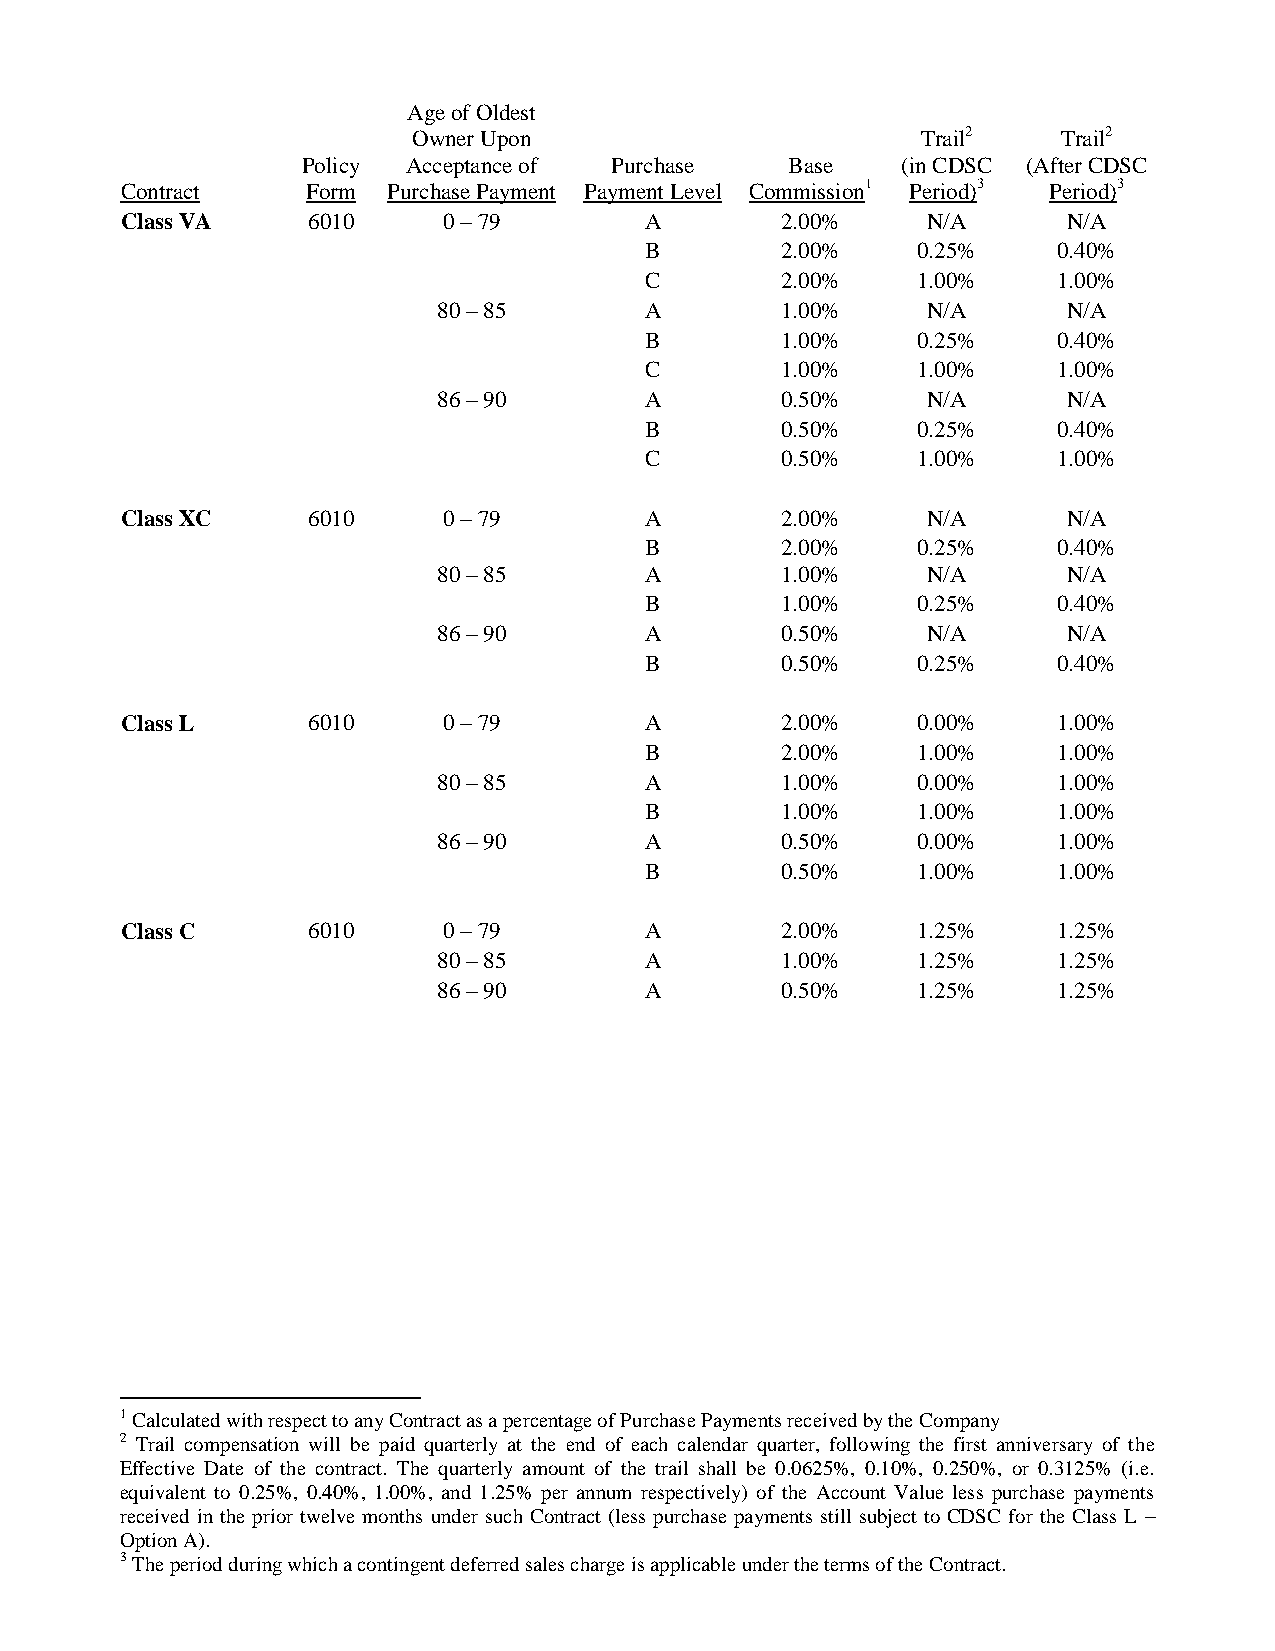
Age of Oldest
 Owner Upon                        Trail2   Trail2
 Policy Acceptance of Purchase   Base    (in CDSC (After CDSC
 Contract    Form  Purchase Payment Payment Level Commiss ion1 Period)3 Period)3
 Class VA    6010     0 – 79        A        2.00%    N/A       N/A
 B        2.00%    0.25%    0.40%
 C        2.00%    1.00%    1.00%
 80 – 85       A        1.00%    N/A       N/A
 B        1.00%    0.25%    0.40%
 C        1.00%    1.00%    1.00%
 86 – 90       A        0.50%    N/A       N/A
 B        0.50%    0.25%    0.40%
 C        0.50%    1.00%    1.00%
 Class XC    6010     0 – 79        A        2.00%    N/A       N/A
 B        2.00%    0.25%    0.40%
 80 – 85       A        1.00%    N/A       N/A
 B        1.00%    0.25%    0.40%
 86 – 90       A        0.50%    N/A       N/A
 B        0.50%    0.25%    0.40%
 Class L     6010     0 – 79        A        2.00%    0.00%    1.00%
 B        2.00%    1.00%    1.00%
 80 – 85       A        1.00%    0.00%    1.00%
 B        1.00%    1.00%    1.00%
 86 – 90       A        0.50%    0.00%    1.00%
 B        0.50%    1.00%    1.00%
 Class C     6010     0 – 79        A        2.00%    1.25%    1.25%
 80 – 85       A        1.00%    1.25%    1.25%
 86 – 90       A        0.50%    1.25%    1.25%
 1 Calculated with respect to any Contract as a percentage of Purchase Payments received by the Company
 2 Trail compensation will be paid quarterly at the end of each calendar quarter, following the first anniversary of the
 Effective Date of the contract. The quarterly amount of the trail shall be 0.0625%, 0.10%, 0.250%, or 0.3125% (i.e.
 equivalent to 0.25%, 0.40%, 1.00%, and 1.25% per annum respectively) of the Account Value less purchase payments
 received in the prior twelve months under such Contract (less purchase payments still subject to CDSC for the Class L –
 Option A).
 3 The period during which a contingent deferred sales charge is applicable under the terms of the Contract.